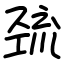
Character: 巯